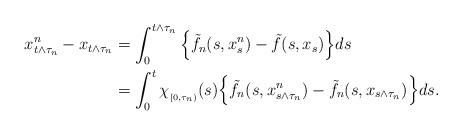
LaTeX: \begin{align*}x^n_{t\wedge \tau_n}-x_{t\wedge \tau_n}&=\int_0^{t\wedge \tau_n}\Big\{\tilde{f}_n(s,x_s^n)-\tilde{f}(s,x_s)\Big\}ds\\&=\int_0^t \chi_{_{[0,\tau_n)}}(s)\Big\{ \tilde{f}_n(s,x_{s\wedge\tau_n}^n)-\tilde{f}_n(s,x_{s\wedge\tau_n})\Big\}ds.\end{align*}